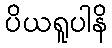
ပိယရူပါနိ